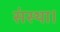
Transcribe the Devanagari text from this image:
संस्था।